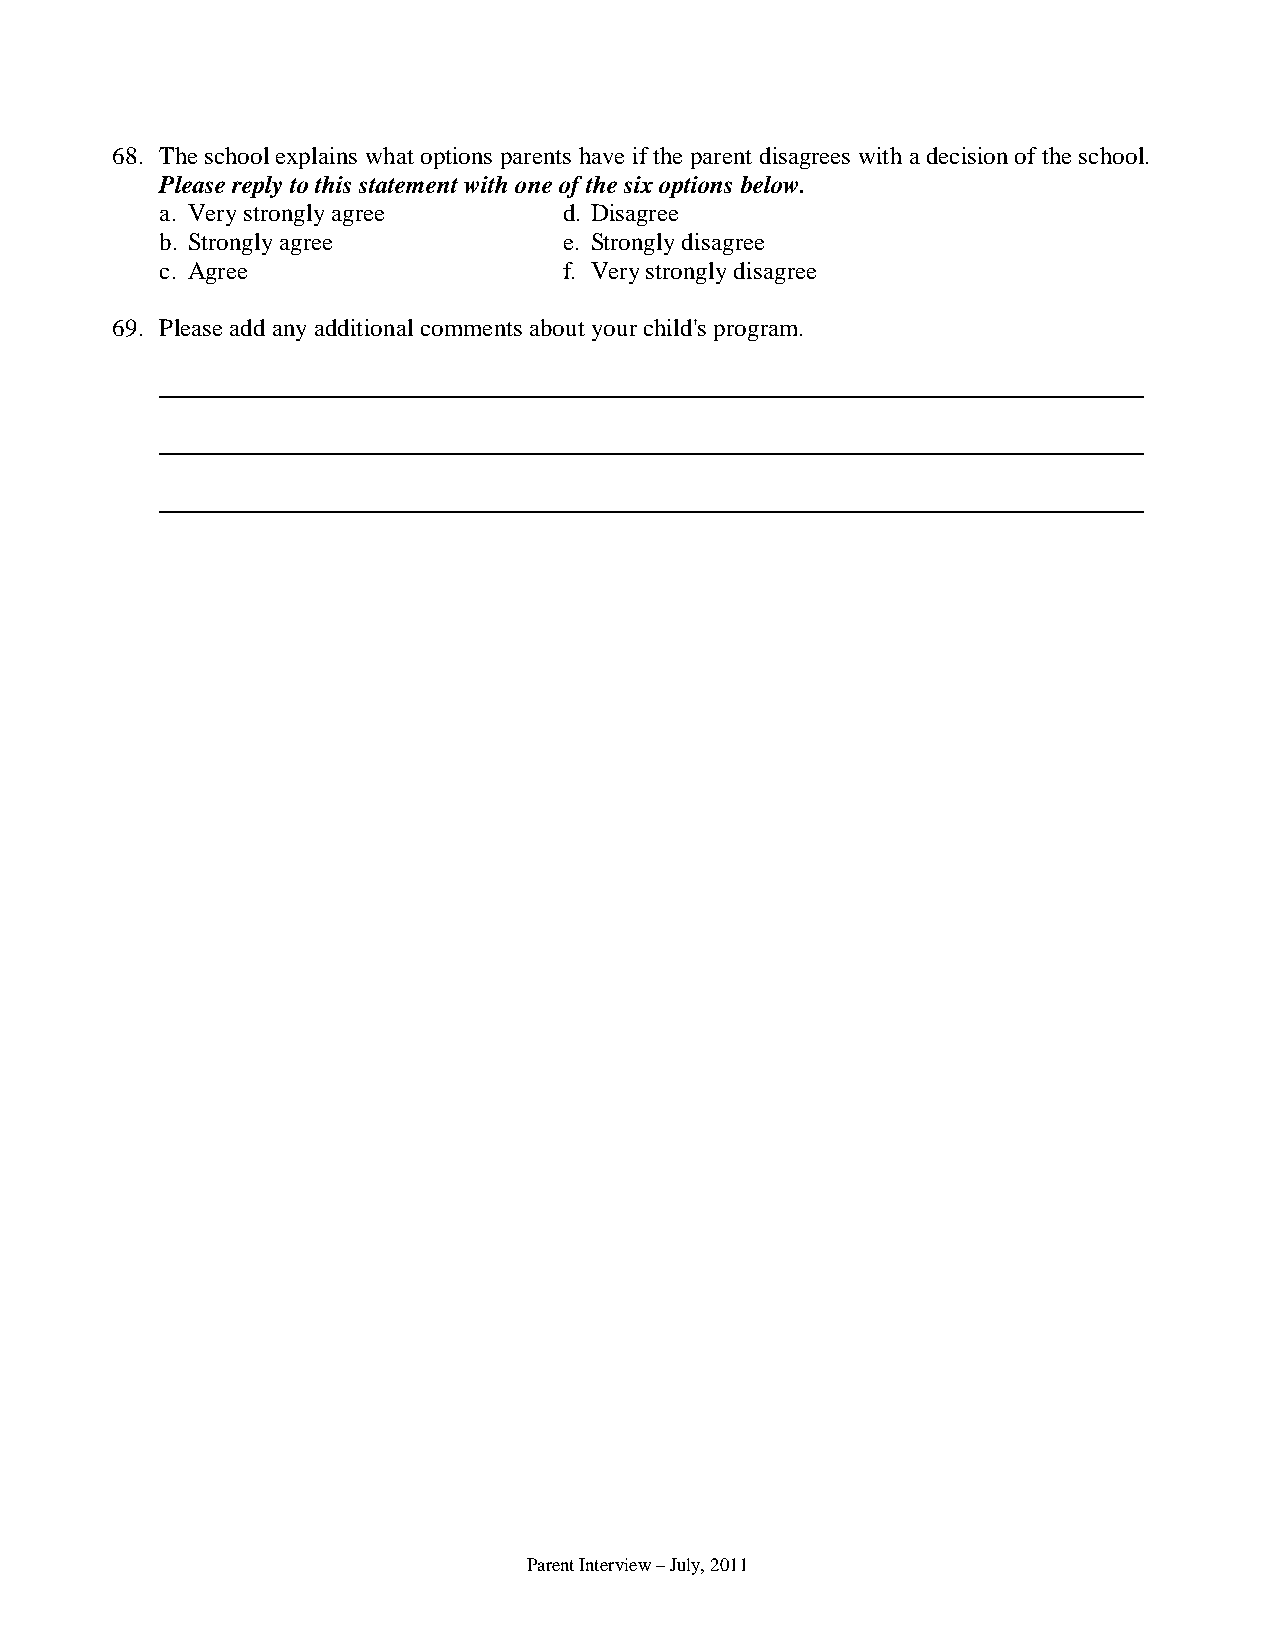
68. The school explains what options parents have if the parent disagrees with a decision of the school.
 Please reply to this statement with one of the six options below.
 a. Very strongly agree    d. Disagree
 b. Strongly agree         e. Strongly disagree
 c. Agree                  f. Very strongly disagree
 69. Please add any additional comments about your child's program.
 Parent Interview – July, 2011